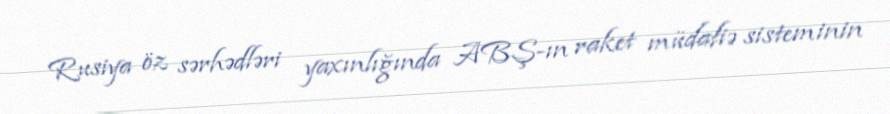
Rusiya öz sərhədləri yaxınlığında ABŞ-ın raket müdafiə sisteminin